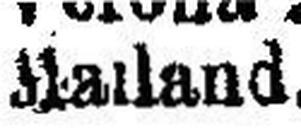
Mailand